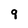
Character: 9